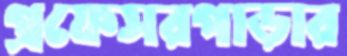
প্রফেসরপাড়ার